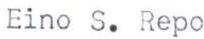
Eino S. Repo